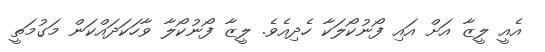
އެއީ ލީޒާ އަށް އައި ފޯނުކޯލަކާ ހެދިއެވެ. ލީޒާ ފޯނުކޯލާ ވާހަކަދައްކަން މަގުމަތީ